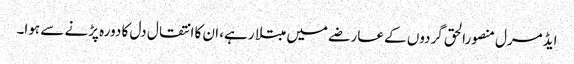
ایڈمرل منصورالحق گردوں کے عارضے میں مبتلا رہے، ان کا انتقال دل کا دورہ پڑنے سے ہوا۔